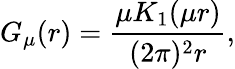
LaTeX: G_{\mu}(r)=\frac{\mu K_{1}(\mu r)}{(2\pi)^{2}r},